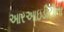
આરઆઇડીટીના